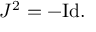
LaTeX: J ^ { 2 } = - { \mathrm { I d } } .